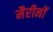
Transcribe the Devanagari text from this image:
मैरीनों